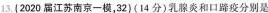
13.(2020届江苏南京一模，32)(14分)乳腺炎和口蹄疫分别是